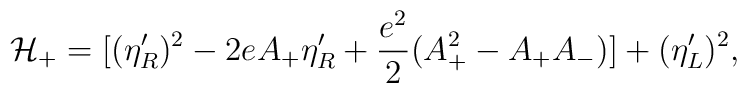
{\cal H}_+=[(\eta _R')^2-2eA_+\eta _R'+{{e^2}\over 2}(A_+^2-A_+A_-)]+(\eta _L')^2,